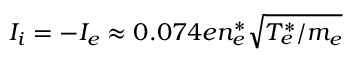
I _ { i } = - I _ { e } \approx 0 . 0 7 4 e n _ { e } ^ { * } \sqrt { T _ { e } ^ { * } / m _ { e } }